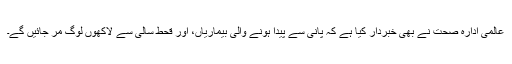
عالمی ادارہ صحت نے بھی خبردار کیا ہے کہ پانی سے پیدا ہونے والی بیماریاں، اور قحط سالی سے لاکھوں لوگ مر جائیں گے۔